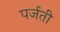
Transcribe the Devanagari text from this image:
पर्जती